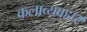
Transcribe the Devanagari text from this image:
कलाव्यवहार